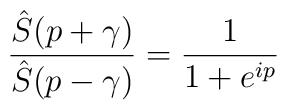
\frac{\hat S (p+\gamma)}{\hat S (p-\gamma)} = \frac{1}{1+e^{ip}}